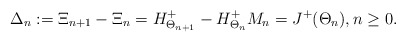
\begin{align*} \Delta_n:=\Xi_{n+1} - \Xi_n = H^+_{\Theta_{n+1}}-H^+_{\Theta_n} M_n=J^+({\Theta_n}), n\geq 0 .\end{align*}